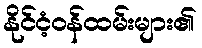
နိုင်ငံ့ဝန်ထမ်းများ၏